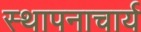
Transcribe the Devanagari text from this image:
स्थापनाचार्य